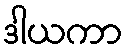
ဒါယကာ